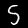
Label: 5